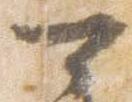
可